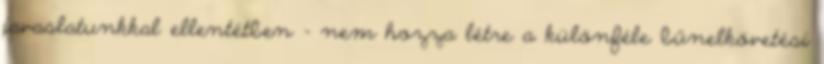
javaslatunkkal ellentétben – nem hozza létre a különféle bűnelkövetési